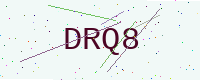
Text: DRQ8